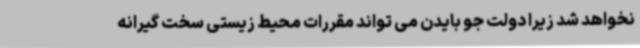
نخواهد شد زیرا دولت جو بایدن می تواند مقررات محیط زیستی سخت گیرانه